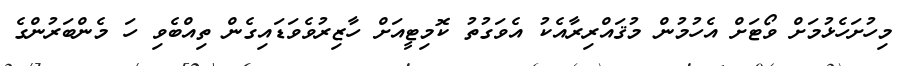
މިހުށަހެޅުމަށް ވޯޓަށް އެހުމުން މުޤައްރިރާއެކު އެވަގުތު ކޮމިޓީއަށް ހާޒިރުވެވަޑައިގެން ތިއްބެވި ހަ މެންބަރުންގެ